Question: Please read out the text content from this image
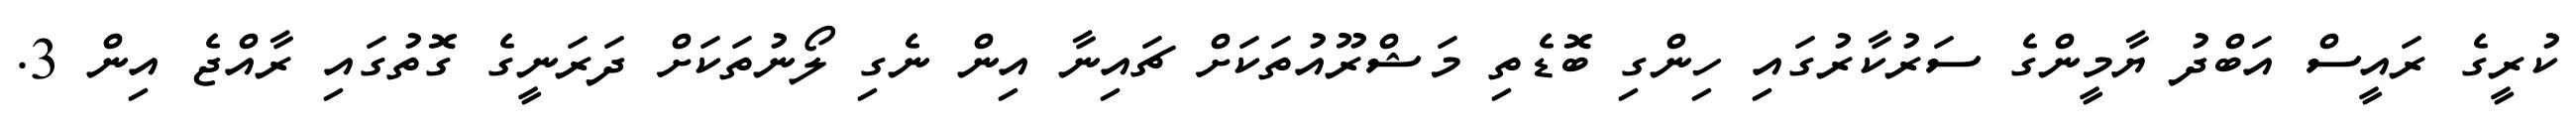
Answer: ކުރީގެ ރައީސް އަބްދު ޔާމީންގެ ސަރުކާރުގައި ހިންގި ބޮޑެތި މަޝްރޫއުތަކަށް ޗައިނާ އިން ނެގި ލޯނުތަކަށް ދަރަނީގެ ގޮތުގައި ރާއްޖެ އިން 3.